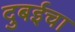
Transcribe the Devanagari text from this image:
दुबईचा